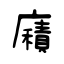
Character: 廭